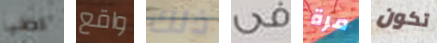
كافيا واقع ذلك فى مرة تكون